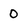
Character: 0